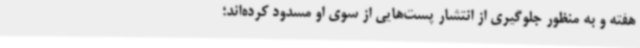
هفته و به منظور جلوگیری از انتشار پست‌هایی از سوی او مسدود کرده‌اند؛